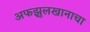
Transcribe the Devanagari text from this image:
अफझुलखानाचा